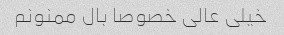
خیلی عالی خصوصا بال ممنونم